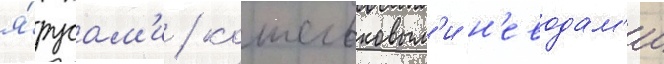
я́русам'и / кошельковым'и н'еводам'и